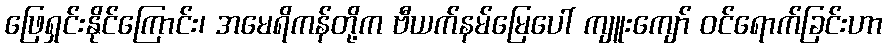
ဖြေရှင်းနိုင်ကြောင်း၊ အမေရိကန်တို့က ဗီယက်နမ်မြေပေါ် ကျူးကျော် ဝင်ရောက်ခြင်းဟာ